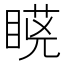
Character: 𭿆